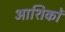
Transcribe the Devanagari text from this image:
आशिकों